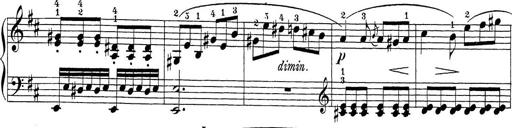
Title: Sonatina Album
Composer: Louis KÃ¶hler